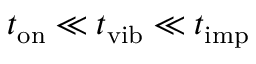
t _ { \mathrm { o n } } \ll t _ { \mathrm { v i b } } \ll t _ { \mathrm { i m p } }